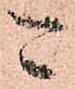
可